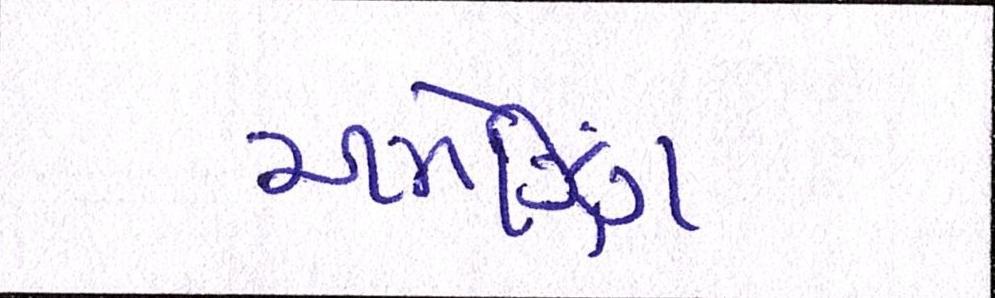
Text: અમેઝિંગ